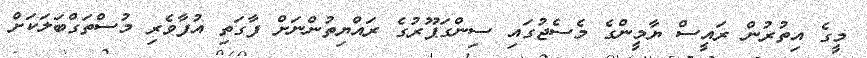
މީގެ އިތުރުން ރައީސް ޔާމީންގެ މެސެޖުގައި ސިންގަޕޫރުގެ ރައްޔިތުންނަށް ފާގަތި އުފާވެރި މުސްތަގްބަލަކަށް